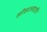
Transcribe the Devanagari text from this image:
छीछाल्यादरि